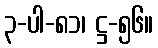
၃-ပါ-၈၁၊ ဋ္ဌ-၅၆။